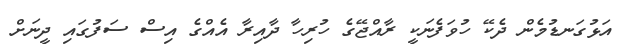
އަޅުގަނޑުމެން ދެކޭ ހުވަފެނަކީ ރާއްޖޭގެ ހުރިހާ ދާއިރާ އެއްގެ އިސް ސަފުގައި ދީނަށް